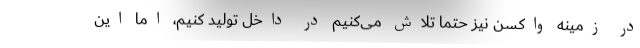
در زمینه واکسن نیز حتماً تلاش می‌کنیم در داخل تولید کنیم، اما این